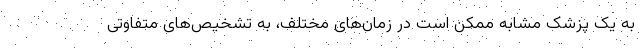
به یک پزشک مشابه ممکن است در زمان‌های مختلف، به تشخیص‌های متفاوتی